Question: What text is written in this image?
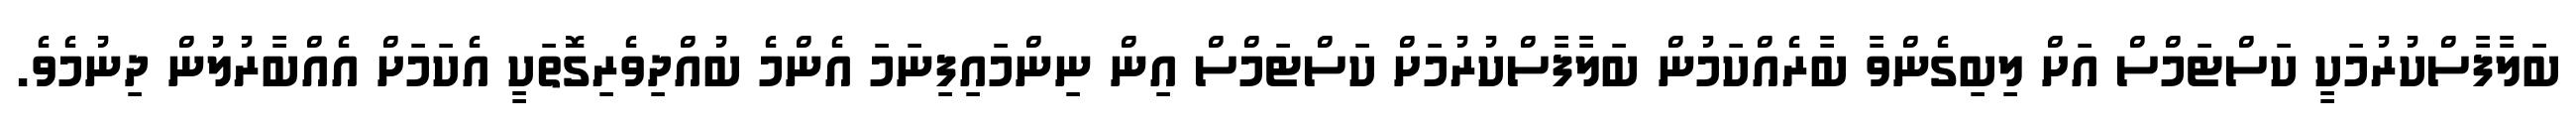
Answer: ބަލާފާސްކުރުމަކީ ކަސްޓަމްސް އަށް ލިބިގެންވާ ބާރެއްކަމުން ބަލާފާސްކުރުމަށް ކަސްޓަމްސް އިން ނިންމައިފިނަމަ އެންމެ ބުއްދިވެރިގޮތަކީ އެކަމަށް އެއްބާރުލުން ދިނުމެވެ.